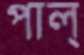
পাল্‌